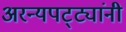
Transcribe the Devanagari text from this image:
अरन्यपट्ट्यांनी